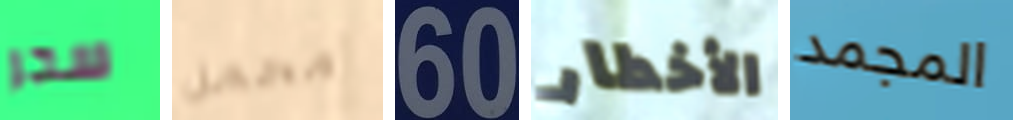
سحر محمل 60 الأخطار المجمد